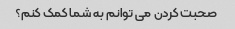
صحبت کردن می توانم به شما کمک کنم؟